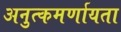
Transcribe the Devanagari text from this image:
अनुत्कमर्णायता